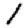
Digit: 1